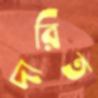
দারিত